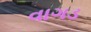
વાગડ